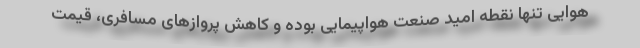
هوایی تنها نقطه امید صنعت هواپیمایی بوده و کاهش پروازهای مسافری، قیمت